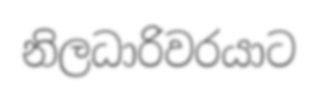
නිලධාරිවරයාට